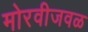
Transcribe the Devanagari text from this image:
मोरवीजवळ